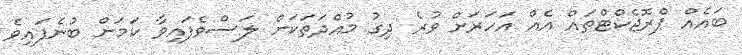
ބައެއް ޕްރޮޖެކްޓްތައް އެއް އަހަރަށް ވުރެ ދިގު މުއްދަތަކަށް ލަސްވެފައިވާ ކަމަށް ބުނެފައިވެ